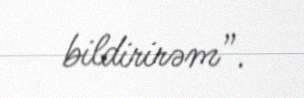
bildirirəm”.